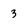
Character: 3